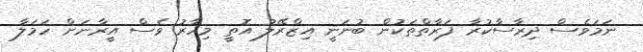
ނަމަވެސް ދިރާސާކުރާ ފަރާތްތަކުން ބުނަނީ އިޒްރޭލު އޮތީ މިހާރު ވެސް އީރާނަށް ހަމަލާ